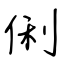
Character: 俐